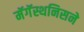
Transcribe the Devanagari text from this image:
मॅगॅस्थनिसने